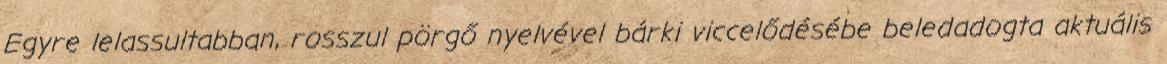
Egyre lelassultabban, rosszul pörgő nyel­vével bárki viccelődésébe beledadogta aktuális